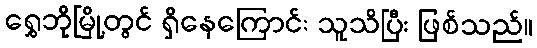
ရွှေဘိုမြို့တွင် ရှိနေကြောင်း သူသိပြီး ဖြစ်သည်။